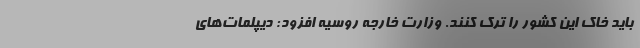
باید خاک این کشور را ترک کنند. وزارت خارجه روسیه افزود: دیپلمات‌های